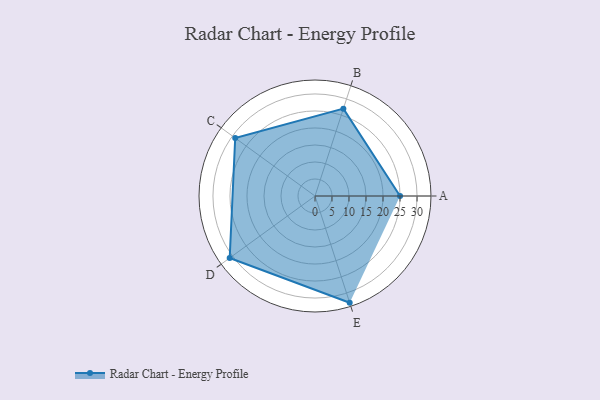
{"axis": {"x": "Skill", "y": "Score"}, "legend": ["Profile"], "data": [{"x": "A", "y": 25.0, "type": "Profile"}, {"x": "B", "y": 27.0, "type": "Profile"}, {"x": "C", "y": 29.0, "type": "Profile"}, {"x": "D", "y": 31.0, "type": "Profile"}, {"x": "E", "y": 33.0, "type": "Profile"}]}